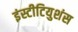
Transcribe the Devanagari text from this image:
इंस्टीटियुशंस